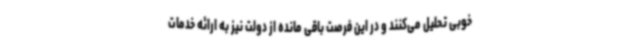
خوبی تحلیل می‌کنند و در این فرصت باقی مانده از دولت نیز به ارائه خدمات